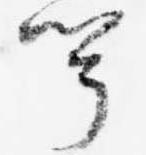
聞